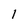
Character: 1